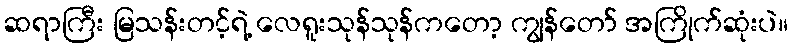
ဆရာကြီး မြသန်းတင့်ရဲ့ လေရူးသုန်သုန်ကတော့ ကျွန်တော် အကြိုက်ဆုံးပဲ။